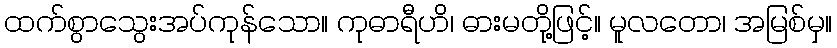
ထက်စွာသွေးအပ်ကုန်သော။ ကုဓာရီဟိ၊ ဓားမတို့ဖြင့်။ မူလတော၊ အမြစ်မှ။